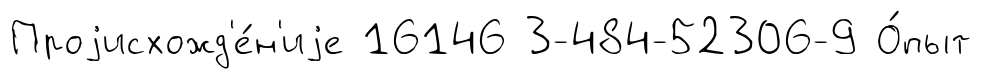
Проjисхожд'е́н'иjе 16146 3-484-52306-9 О́пыт